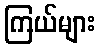
ကြယ်များ